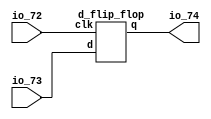

module top
(
    input  io_72,
    input  io_73,
    output io_74
);
    d_flip_flop dff
    (
        .clk ( io_72 ),
        .d   ( io_73 ),
        .q   ( io_74 ) 
    );

endmodule

module d_flip_flop
(
    input      clk,
    input      d,
    output reg q
);
    always @(posedge clk)
        q <= d;

endmodule